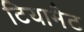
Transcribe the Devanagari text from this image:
टियामैट